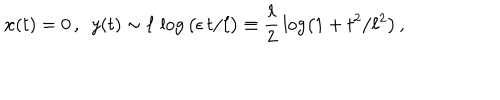
{ \bf x } ( t ) = 0 \, , ~ ~ y ( t ) \sim \ell \, \log \big ( \epsilon \, t / \ell \big ) \equiv \frac { \ell } { 2 } \, \log \left( 1 + t ^ { 2 } / \ell ^ { 2 } \right) \, ,